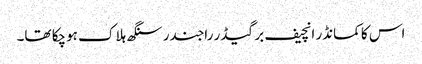
اس کا کمانڈر انچیف برگیڈر راجندر سنگھ ہلاک ہوچکا تھا۔